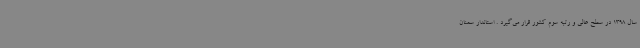
سال 1398 در سطح عالی و رتبه سوم کشور قرار می‌گیرد . استاندار سمنان